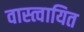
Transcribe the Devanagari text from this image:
वास्त्वायित